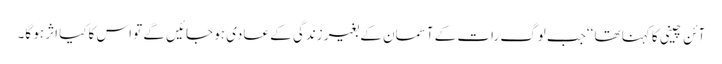
آئن چینی کا کہنا تھا ‘‘جب لوگ رات کے آسمان کے بغیر زندگی کے عادی ہو جائیں گے تو اس کاکیا اثر ہو گا۔